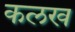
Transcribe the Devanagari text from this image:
कलख